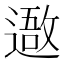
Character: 䢩